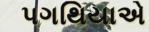
પગથિયાએ